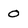
Character: 0